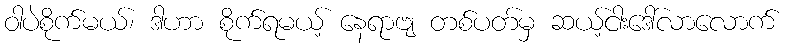
ဝါပဲစိုက်မယ်၊ ဒါဟာ စိုက်ရမယ့် နေရာဗျ တစ်ပတ်မှ ဆယ့်ငါးဒေါ်လာလောက်